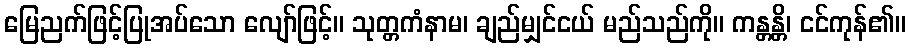
မြေညက်ဖြင့်ပြုအပ်သော လျော်ဖြင့်။ သုတ္တကံနာမ၊ ချည်မျှင်ငယ် မည်သည်ကို။ ကန္တန္တိ၊ ငင်ကုန်၏။